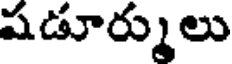
షడూర్ములు